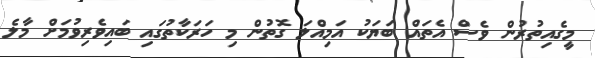
މީގެއިތުރުން ވެސް އެތައް ބަޔަކު އަމިއްލަ ގޮތުން މި ހަރަކާތުގައި ބައިވެރިވުމަށް މާލެ